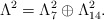
\begin{align*}\Lambda^{2} = \Lambda_{7}^{2}\oplus \Lambda_{14}^{2}.\end{align*}